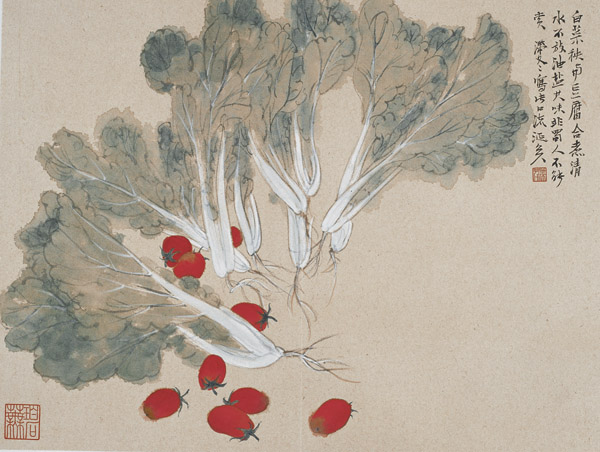
风暖鸟声碎，日高花影重。